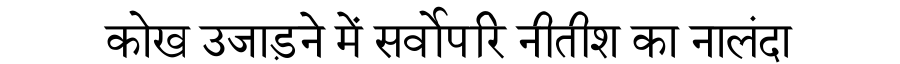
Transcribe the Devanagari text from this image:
कोख उजाड़ने में सर्वोपरि नीतीश का नालंदा